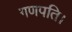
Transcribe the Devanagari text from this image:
गणपति।